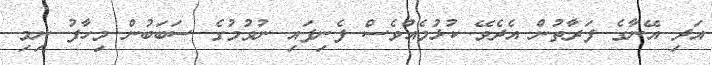
އަދި އޭނާގެ ފަރާތުން އެދެވޭ ކުޅުމެއްވެސް ފެނިފައި ނުވުމުގެ ސަބަބުން މިހާފު ނިމި